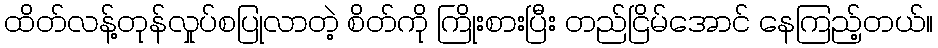
ထိတ်လန့်တုန်လှုပ်စပြုလာတဲ့ စိတ်ကို ကြိုးစားပြီး တည်ငြိမ်အောင် နေကြည့်တယ်။